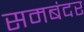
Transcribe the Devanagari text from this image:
समबंदर